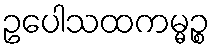
ဥပေါသထကမ္မဉ္စ